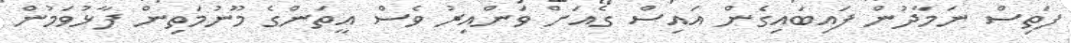
ފަތިސް ނަމާދުން ފައިބައިގެން އައިސް ގެއަށް ވަންއިރު ވެސް އީތަންގެ މޫނުމަތިން ފާޅުވަމުން